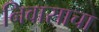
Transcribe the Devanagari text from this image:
निवासाचा